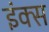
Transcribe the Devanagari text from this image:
इंक्स